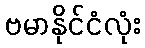
ဗမာနိုင်ငံလုံး